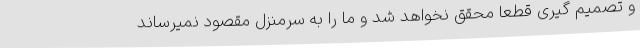
و تصمیم گیری قطعا محقق نخواهد شد و ما را به سرمنزل مقصود نمیرساند